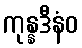
ကုန္နဒီနံဝ